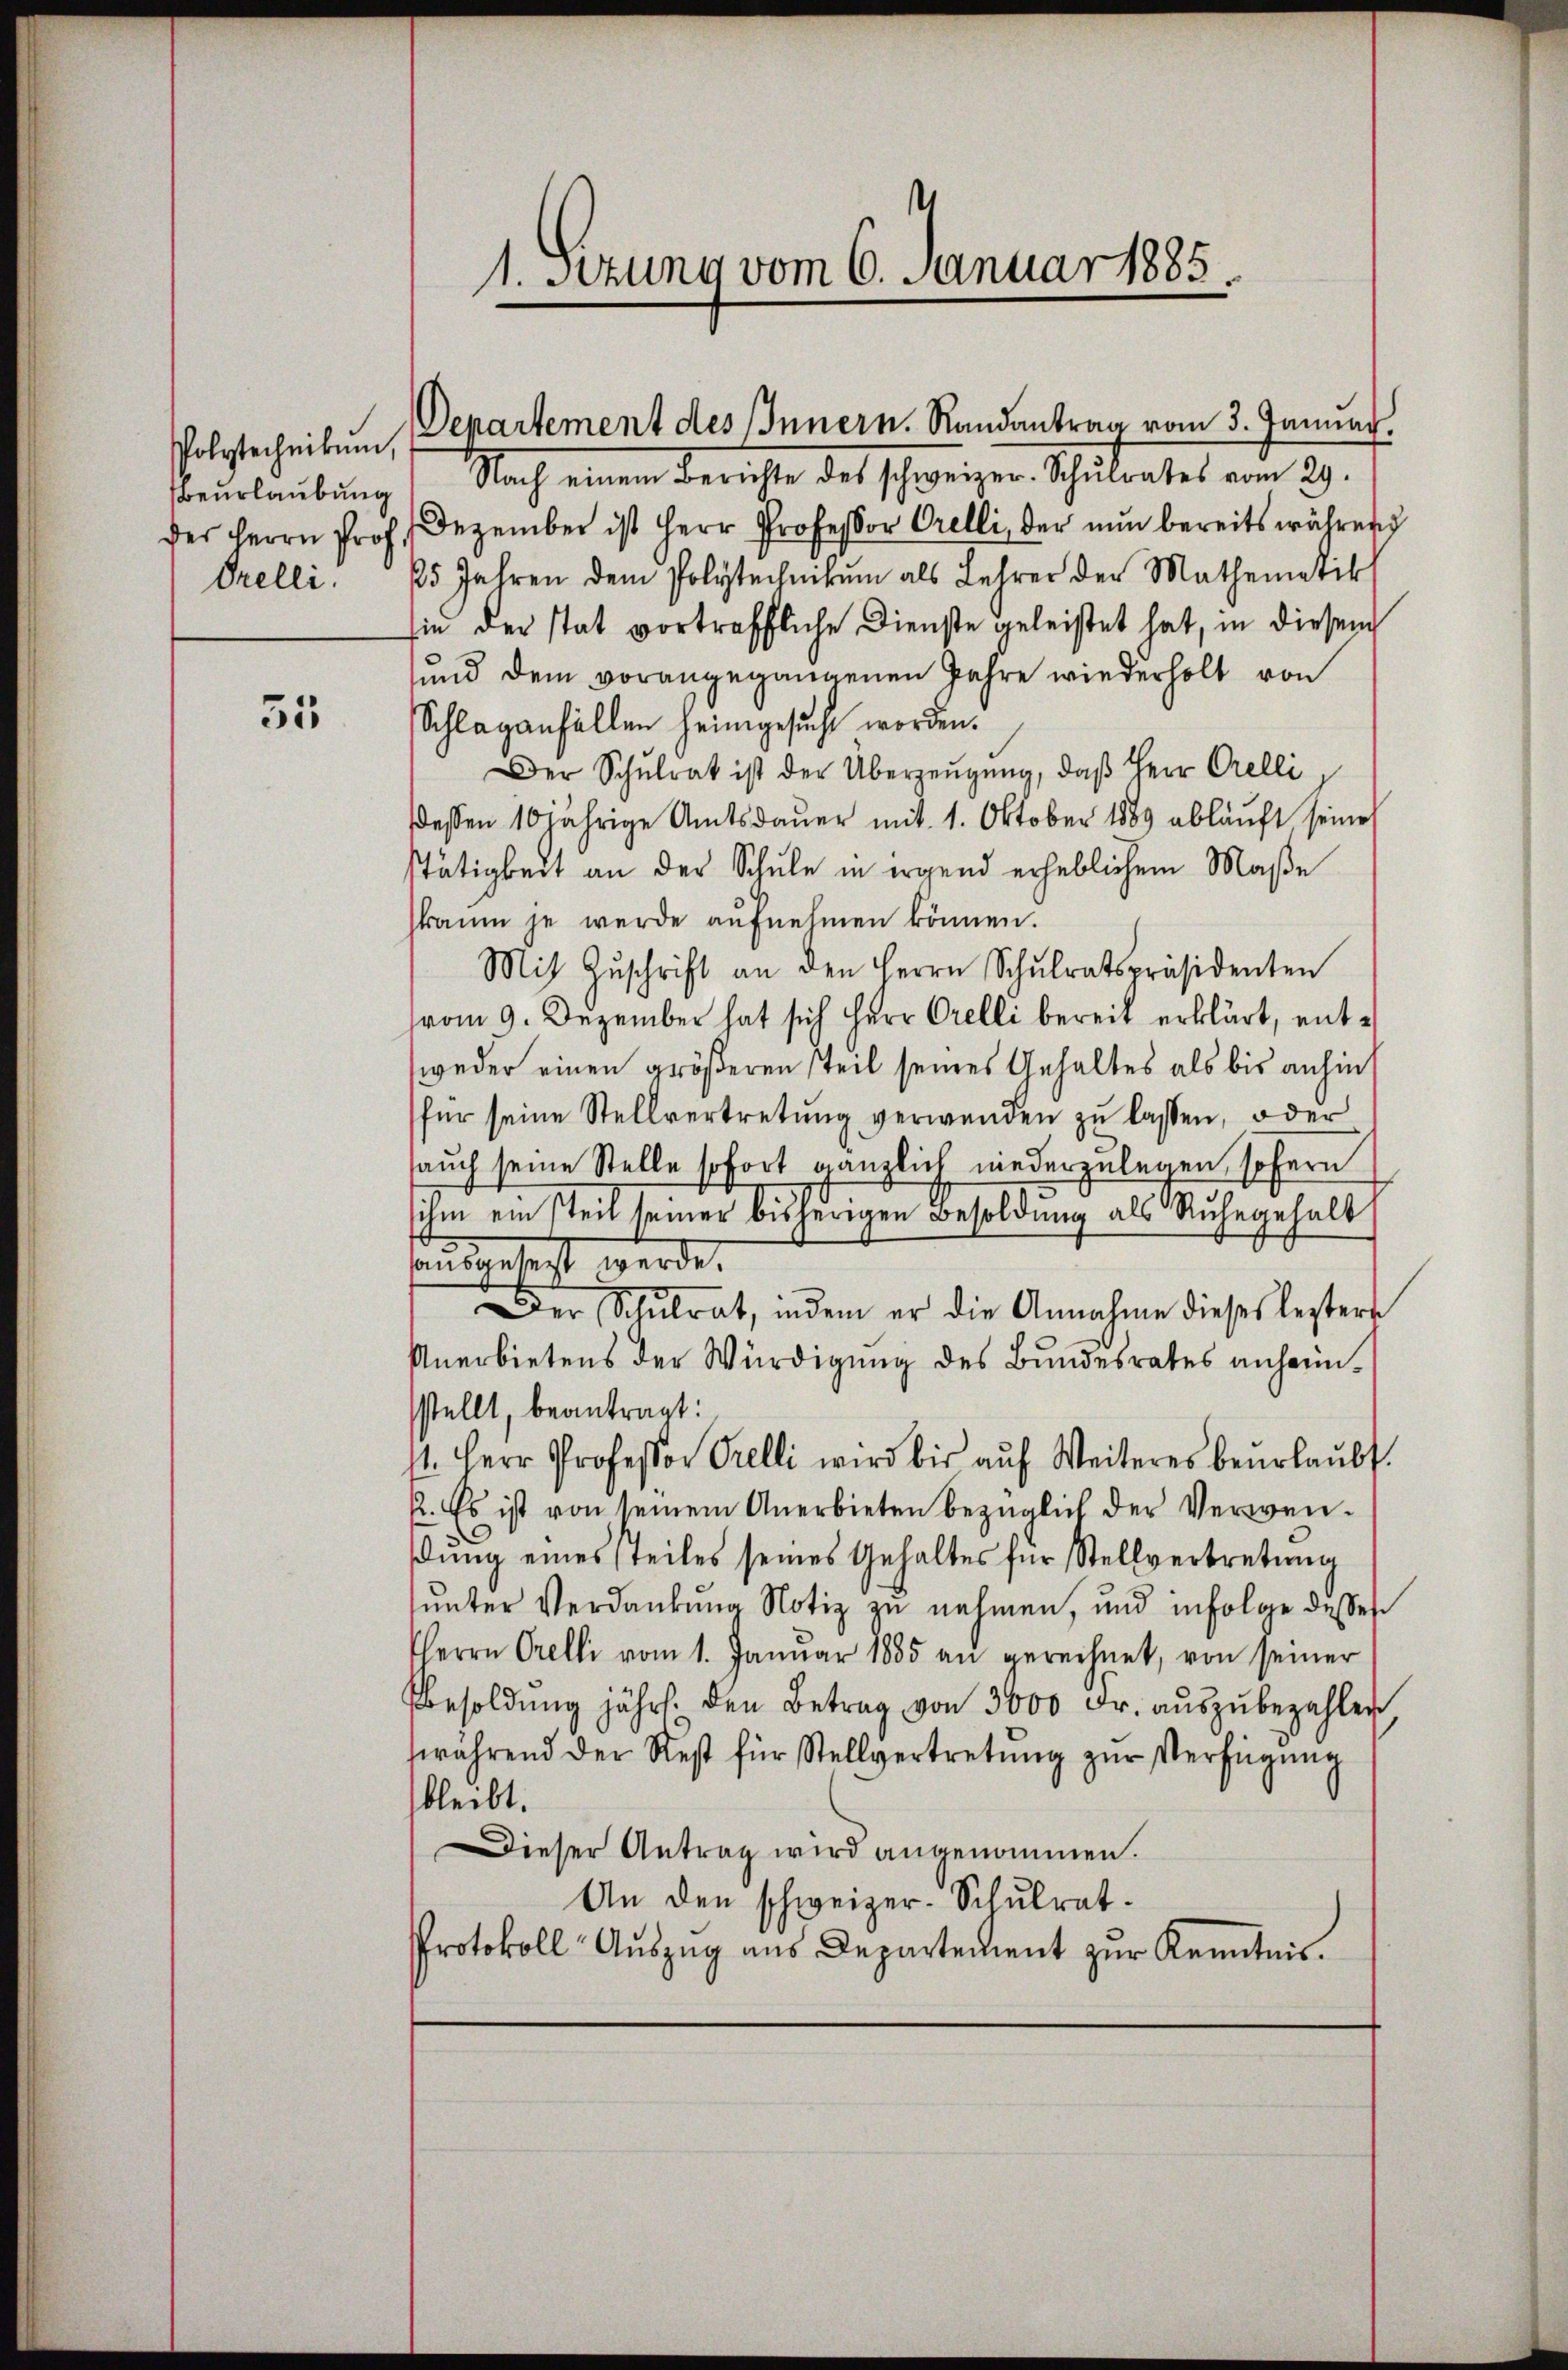
Beurlaubung
der Herrn Prof.

55

1. Setzung vom 6. Januar 1885

Polytechnikum, Departement des Innern. Randantrag vom 3. Januar.

Nach einem Berichte des schweizer. Schulrates vom 29.
Dezember ist Herr Professor Orelli, der nun bereits während
Orelli. 25 Jahren dem Polytechnikum als Lehrer der Mathematik
sie der stat vortreffliche Dienste geleistet hat, in diesem
und dem vorangegangenen Jahre wiederholt von
Schlaganfallen heimgesucht worden.
Der Schŭlrat ist der Überzeŭgŭng, daβ Herr Orelli,
ddessen 10 jährige Amtsdauer mit 1. Oktober 1889 abläuft, seine
Tätigkeit an der Schule in irgend erheblichem Maße
kaum je werde aufnehmen können.
Mit Zŭschrift an den Herrn Schŭlratspräsidenten
vom 9. Dezember hat sich Herr Orelli bereit erklärt, entweder einen größeren Teil seines Gehaltes als bis anhin
für seine Stellvertretŭng verwenden zŭ lassen, oder
auch seine Stelle sofort gänzlich niederzulegen sofern
ihm ein steil seiner bisherigen Besoldung als Ruhegehalt
sausgeleist werde.
Der Schŭlrat, indem er die Annahme dieses leztere
Unerbietens der Würdigung des Bundesrates anheimsstellt, beantragt:
1. Herr Professor Prelli wird bis aŭf Weiteres beŭrlaŭbt.
p. Es ist von seinem Anerbieten bezüglich der Verwen-
dŭng eines steiles seines Gehaltes für Stellvertretŭng
unter Verdankung Notiz zu nehmen, und infolge desses
Herrn Orelli vom 1. Janŭar 1885 an gerechnet, von seiner
Besoldung jährl. Den Betrag von 3000 Fr. auszubezahlen
während der Rest für Stellvertretŭng zŭr Verfügung
bleibt.
Dieser Antrag wird angenommen.
An den schweizer-Schulrat.
Protokoll Aŭszŭg aŭs Departement zŭr Kenntnis.